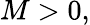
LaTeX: M>0,